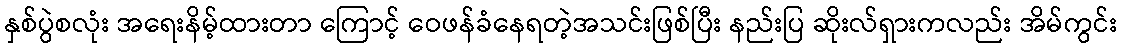
နှစ်ပွဲစလုံး အရေးနိမ့်ထားတာ ကြောင့် ဝေဖန်ခံနေရတဲ့အသင်းဖြစ်ပြီး နည်းပြ ဆိုးလ်ရှားကလည်း အိမ်ကွင်း